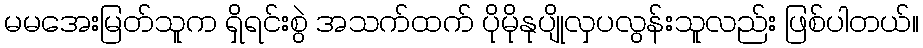
မမအေးမြတ်သူက ရှိရင်းစွဲ အသက်ထက် ပိုမိုနုပျိုလှပလွန်းသူလည်း ဖြစ်ပါတယ်။